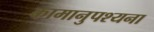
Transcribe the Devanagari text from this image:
कामानुपश्यना